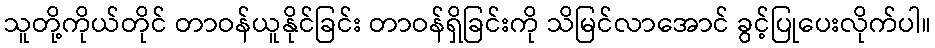
သူတို့ကိုယ်တိုင် တာဝန်ယူနိုင်ခြင်း တာဝန်ရှိခြင်းကို သိမြင်လာအောင် ခွင့်ပြုပေးလိုက်ပါ။